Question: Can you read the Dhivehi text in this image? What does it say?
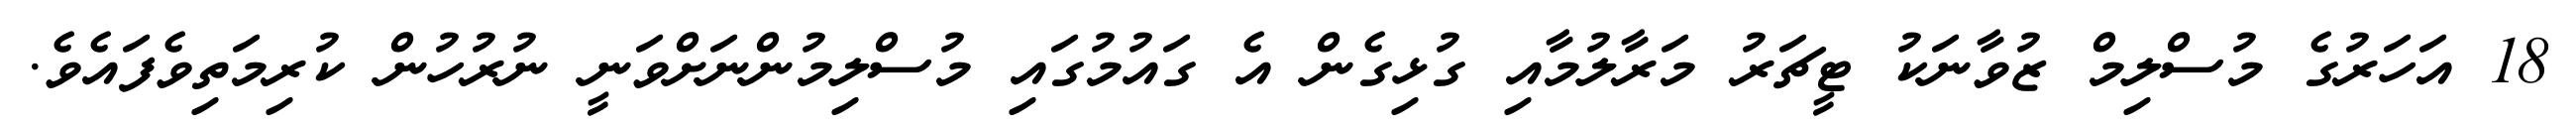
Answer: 18 އަހަރުގެ މުސްލިމް ޒުވާނަކު ޓީޗަރު މަރާލުމާއި ގުޅިގެން އެ ގައުމުގައި މުސްލިމުންނަށްވަނީ ނުރުހުން ކުރިމަތިވެފައެވެ.